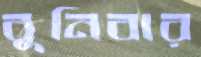
বুনিবার